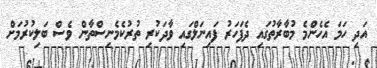
އަދި ހަމަ އެހެންމެ މުބާރާތުގައި ދެފަހަރު ފައިނަލްގައި ވާދަކުރި ތުރުކެމެނިސްތާން ވެސް ބަލިކުރުމަށް